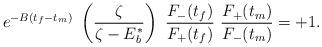
LaTeX: \begin{align*} e^{-B(t_f-t_m)}\ \left( \frac{ \zeta}{\zeta-E_b^*}\right)\ \frac{F_-(t_f)}{ F_+(t_f)}\ \frac{ F_+(t_m) }{ F_-(t_m)}=+1.\end{align*}